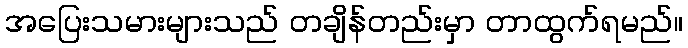
အပြေးသမားများသည် တချိန်တည်းမှာ တာထွက်ရမည်။